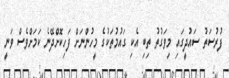
ފުރުސަތު ސައުދީގައި މިވަގުތު ތިބި އެކި ގައުމުތަކުގެ މީހުންނަށް ފަހިކޮށްދޭނެ ކަމަށްވެސް ވަނީ